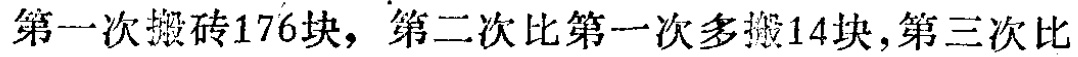
第一次搬砖176块，第二次比第一次多搬14块,第三次比